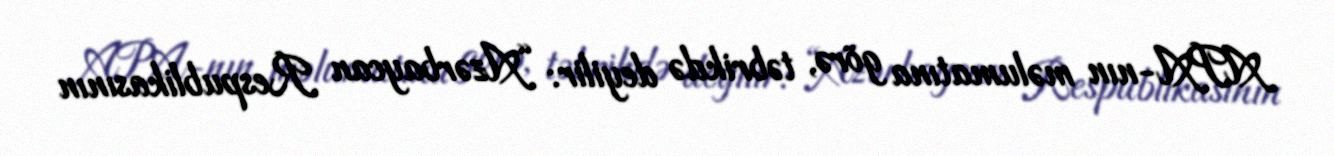
APA-nın məlumatına görə, təbrikdə deyilir: “Azərbaycan Respublikasının